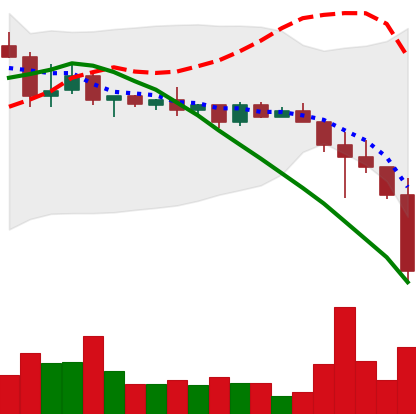
Ticker: BNB-USD
Chart end date: 2022-12-16
Forward return: 6.407%
Label: up_5_7